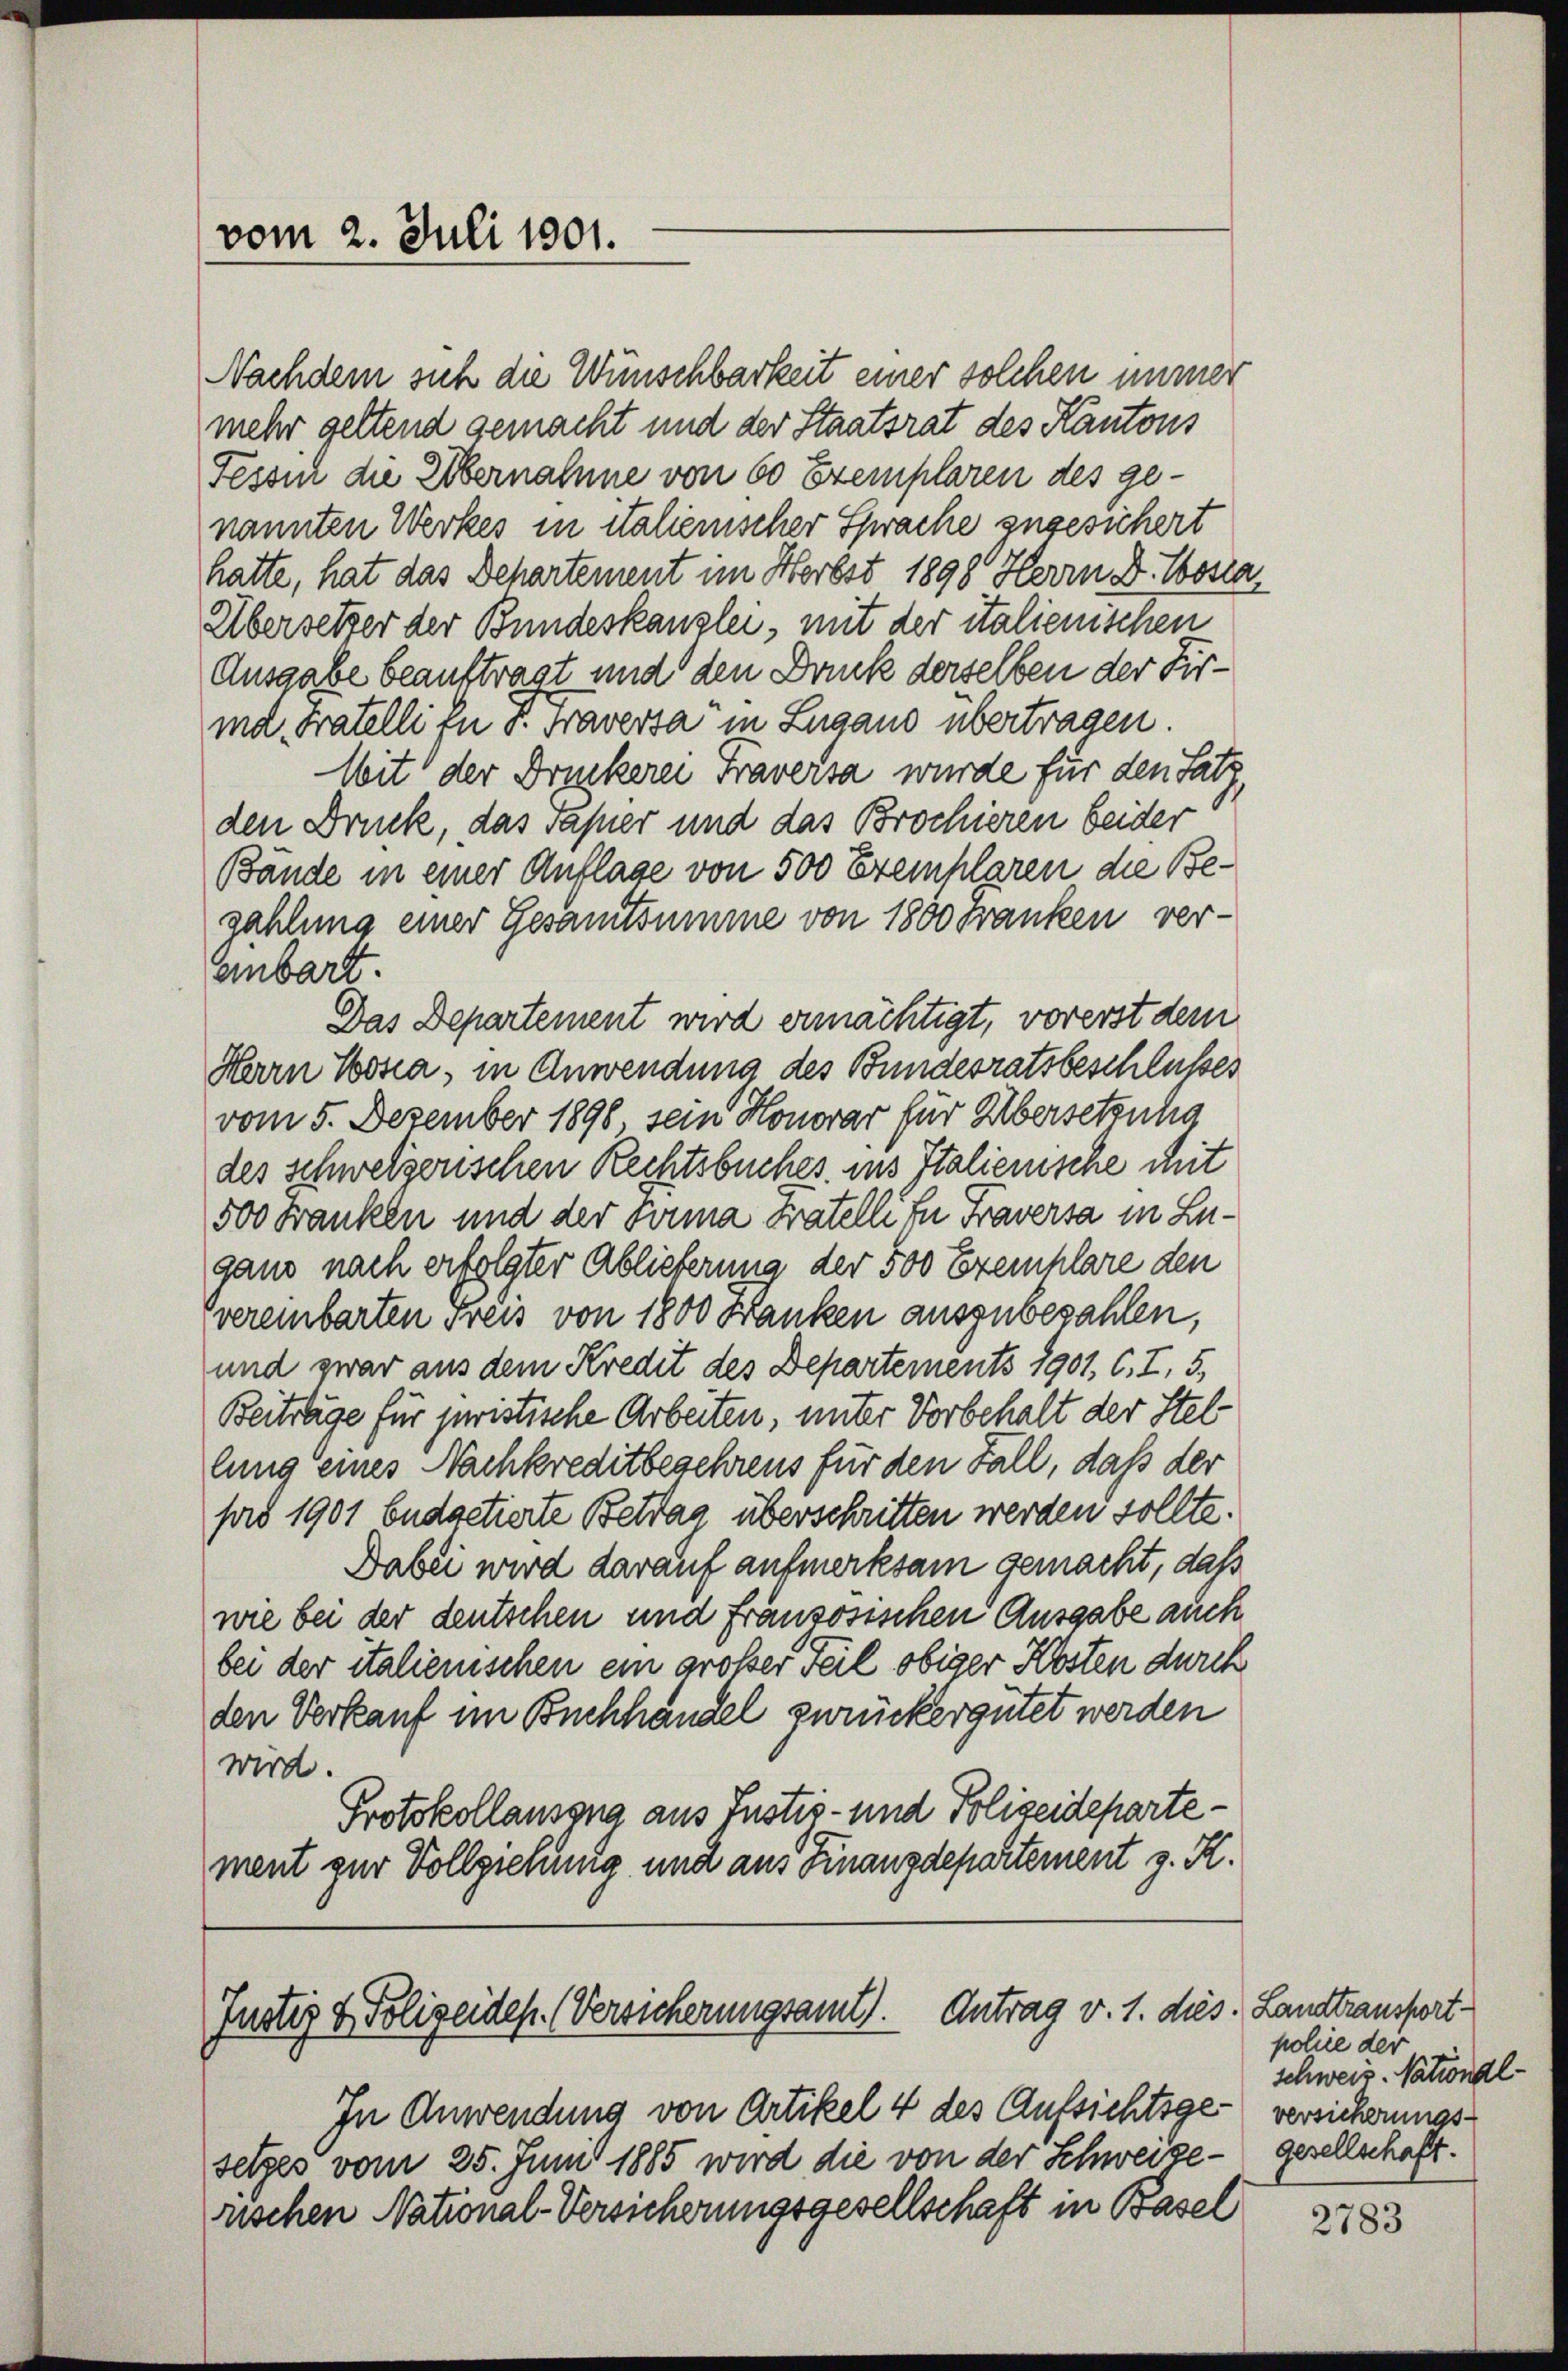
vom 2. Juli 1801.

Nachdem sich die Wünschbarkeit einer solchen immer
mehr geltend gemacht und der Staatsrat des Kantons
Tessin die Übernahme von 60 Exemplaren des genannten Werkes in italienischer Sprache zugesichert
hatte, hat das Behartement im Herbst 1898 Herrn D. Costa
Übersetzer der Bundeskanzlei, mit der italienischen
Ausgabe beauftragt und den Dank derselben der Firmd Tratelli in s. Fraversa in Zugano übertragen.
Mit der Druckerei Fraversa wurde für den Satz,
den Druck, das Papier und das Brochieren beider
Bände in einer Auflage von 500 Exemplaren die Bezahlung einer Gesamtsumme von 1800 Franken verenbart.
Das Departement wird ermächtigt, vorerst dem
Herrn Posta, in Anwendung des Bundesratsbeschlußes
vom 5. Dezember 1890, sein Honorar für Übersetzung
des schweizerischen Rechtsbuches ins Italienische Mit
500 Franken und der Sonna Fratelli in Fraversa in Luganz nach erfolgter Ablieferung der 500 Exemplare den
vereinbarten Freis von 1800 Banken auszubezahlen,
und zwar aus dem Kredit des Departements 1901, C. I, 5,
Beiträge für juristische Arbeiten, unter Vorbehalt der Stel
lung eines Nachkreditbegehrens für den Fall, daß der
pro 1901 budgetierte Betrag überschritten werden sollte.
Dabei wird darauf aufmerksam gemacht, daß
wie bei der deutschen und französischen Ausgabe auch
bei der italienischen ein großer Teil obiger Kosten durch
den Verkauf im Buchhandel zurückergütet werden
wird.
Protokollauszug aus Justiz- und Polizeidepartement zur Vollziehung und aus Finanzdepartement z. K.

Justiz & Polizeides. (Versicherungsamt). Antrag v. 1. dies.

In Anwendung von Artikel 4 des Aufsichtsgesetzes vom 25. Juni 1885 wird die von der Schweizerischen National-Versicherungsgesellschaft in Basel

Landtransport-
polie der
schweiz. National
versicherungs-
gesellschaft.

2783